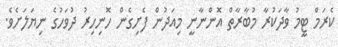
ކެރަމް ޓީމު ވާދަކުރާ މުބާރާތް އޮންނާނީ މިއަދުން ފެށިގެން ހޮނިހިރު ދުވަހުގެ ނިޔަލަށެވެ.